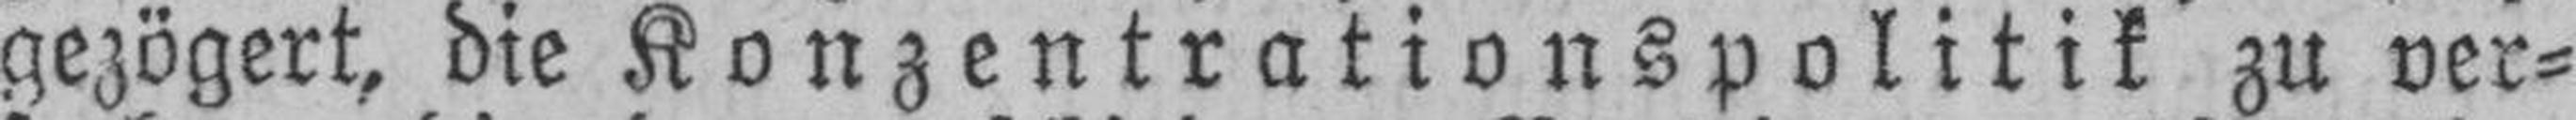
gezögert, die Konzentrationspolitik zu ver¬